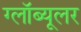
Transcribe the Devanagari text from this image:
ग्लॉब्यूलर